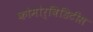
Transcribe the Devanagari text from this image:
कोमोर्बिडिटीस